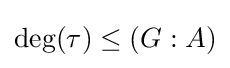
\deg(\tau )\leq (G:A)